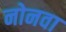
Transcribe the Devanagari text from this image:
नोनवा